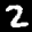
Label: 2